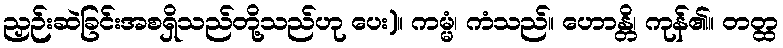
ညှဉ်းဆဲခြင်းအစရှိသည်တို့သည်ဟု ပေး)။ ကမ္မံ၊ ကံသည်။ ဟောန္တိ၊ ကုန်၏။ တတ္ထ